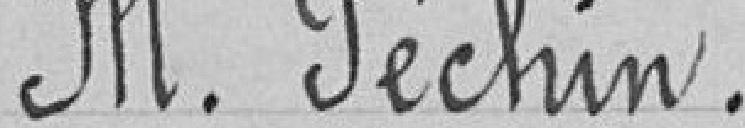
Monsieur Péchin